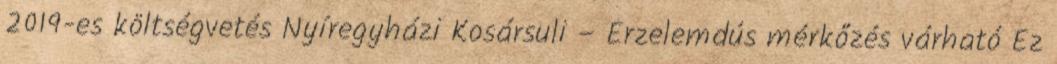
2019-es költségvetés Nyíregyházi Kosársuli – Érzelemdús mérkőzés várható Ez